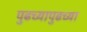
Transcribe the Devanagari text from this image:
पुढच्यापुढच्या